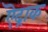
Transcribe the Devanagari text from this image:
ऎद्राक